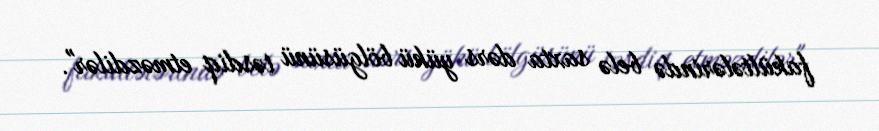
fakültələrində belə saxta dərs yükü bölgüsünü təsdiq etməzdilər".